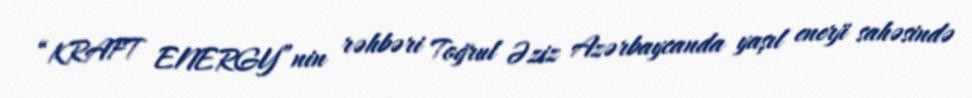
“KRAFT ENERGY”nin rəhbəri Toğrul Əziz Azərbaycanda yaşıl enerji sahəsində